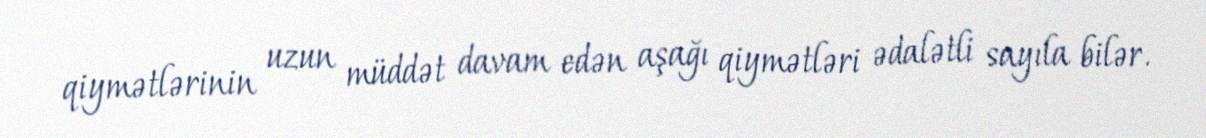
qiymətlərinin uzun müddət davam edən aşağı qiymətləri ədalətli sayıla bilər.